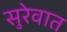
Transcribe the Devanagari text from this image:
सुरेवात